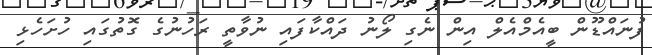
ފުނައްޑޫން ބީއެމްއެލް އިން ނެގި ލޯނު ދައްކާފައި ނުވާތީ ރަހުނުގެ ގޮތުގައި ހުށަހެޅި